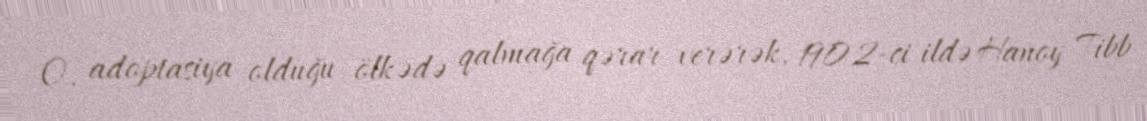
O, adoptasiya olduğu ölkədə qalmağa qərar verərək, 1902-ci ildə Hanoy Tibb